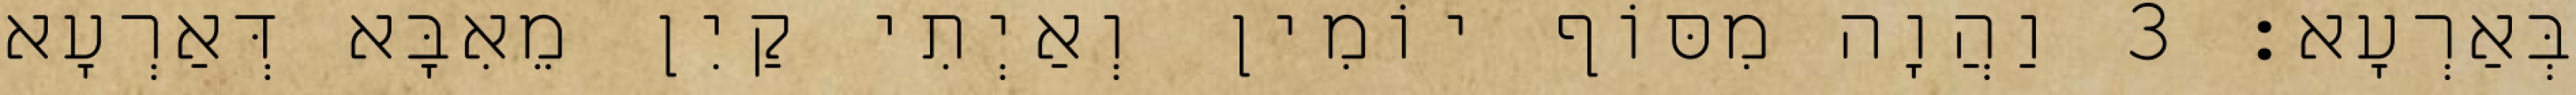
בְּאַרְעָא׃ 3 וַהֲוָה מִסּוֹף יוֹמִין וְאַיְתִי קַיִן מֵאִבָּא דְּאַרְעָא